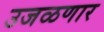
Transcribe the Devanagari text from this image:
उजळणार